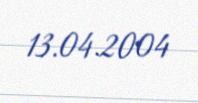
13.04.2004